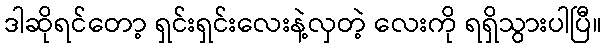
ဒါဆိုရင်တော့ ရှင်းရှင်းလေးနဲ့လှတဲ့ လေးကို ရရှိသွားပါပြီ။